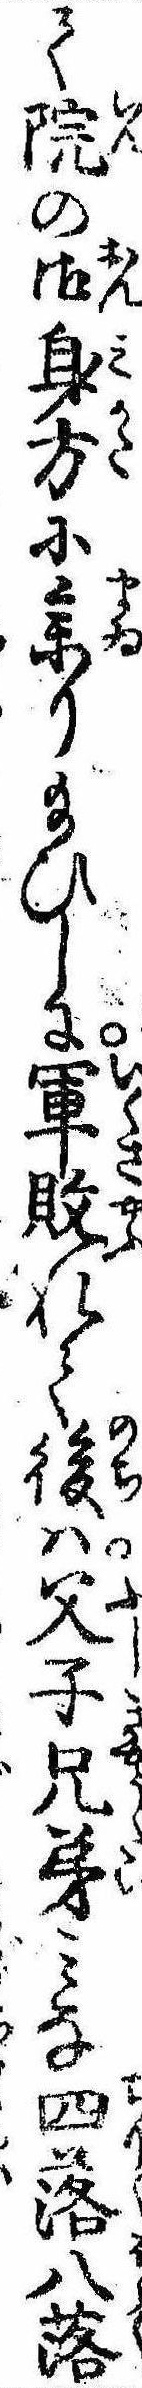
て院の御身方に参り給ひしに軍敗れて後は父子兄弟みな四落八落